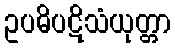
ဥပဓိပဋိသံယုတ္တာ